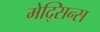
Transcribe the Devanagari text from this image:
मेद्सिन्स